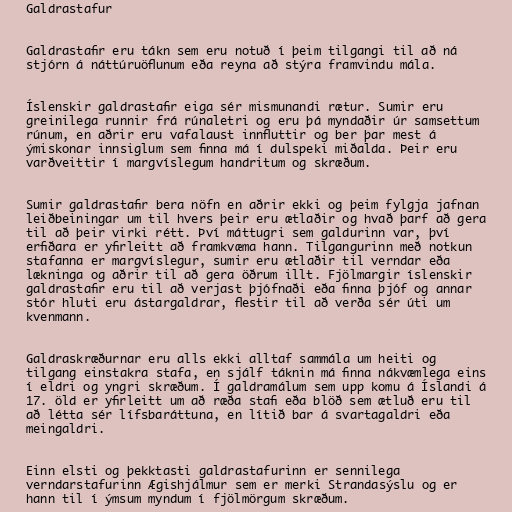
Galdrastafur

Galdrastafir eru tákn sem eru notuð í þeim tilgangi til að ná
stjórn á náttúruöflunum eða reyna að stýra framvindu mála.

Íslenskir galdrastafir eiga sér mismunandi rætur. Sumir eru
greinilega runnir frá rúnaletri og eru þá myndaðir úr samsettum
rúnum, en aðrir eru vafalaust innfluttir og ber þar mest á
ýmiskonar innsiglum sem finna má í dulspeki miðalda. Þeir eru
varðveittir í margvíslegum handritum og skræðum.

Sumir galdrastafir bera nöfn en aðrir ekki og þeim fylgja jafnan
leiðbeiningar um til hvers þeir eru ætlaðir og hvað þarf að gera
til að þeir virki rétt. Því máttugri sem galdurinn var, því
erfiðara er yfirleitt að framkvæma hann. Tilgangurinn með notkun
stafanna er margvíslegur, sumir eru ætlaðir til verndar eða
lækninga og aðrir til að gera öðrum illt. Fjölmargir íslenskir
galdrastafir eru til að verjast þjófnaði eða finna þjóf og annar
stór hluti eru ástargaldrar, flestir til að verða sér úti um
kvenmann.

Galdraskræðurnar eru alls ekki alltaf sammála um heiti og
tilgang einstakra stafa, en sjálf táknin má finna nákvæmlega eins
í eldri og yngri skræðum. Í galdramálum sem upp komu á Íslandi á
17. öld er yfirleitt um að ræða stafi eða blöð sem ætluð eru til
að létta sér lífsbaráttuna, en lítið bar á svartagaldri eða
meingaldri.

Einn elsti og þekktasti galdrastafurinn er sennilega
verndarstafurinn Ægishjálmur sem er merki Strandasýslu og er
hann til í ýmsum myndum í fjölmörgum skræðum.